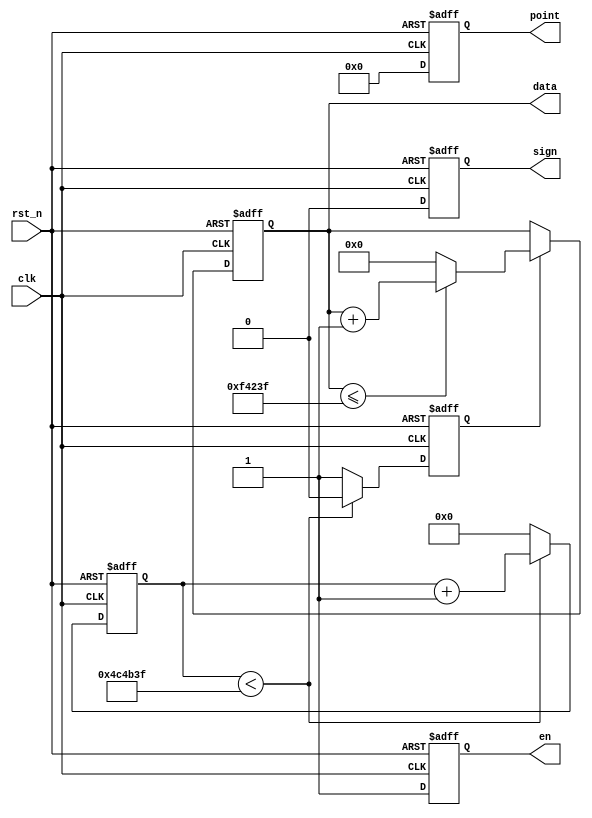
//
module count(    

    input  clk,
    input  rst_n,

    output reg[19 : 0]  data,   // 6
    output reg[ 5 : 0]  point, //  
    output reg          en   , // 
    output reg          sign  // 
    
);


parameter MAX_NUM = 23'd5_000_000; // 10ms
reg [22 : 0]cnt;
reg         flag;

always @(posedge clk or negedge rst_n) begin
    if(!rst_n)begin
    cnt <= 22'd0;
    flag <= 1'b0;
    end
    else begin
        if(cnt < MAX_NUM - 1)begin
        cnt  <= cnt + 1;
        flag <= 1'b0;
        end
        else begin
        cnt <= 23'd0;
        flag <= 1'b1;
        end
    end

    
end

//
always @(posedge clk or negedge rst_n) begin
    if(!rst_n)begin
       data <= 20'd0;
       point <= 6'b000_000;
       en    <= 1'b0;
       sign  <= 1'b0;
    end
    else begin
        point <= 6'b000_000;  // 
        sign <=  1'd0;        // 
        en   <=  1'd1;       //  
        if(flag )begin
            if(data <= 20'd999_999)
              data <= data + 1;
            else
              data <= 20'd0;
            
        end

    end
    
end

endmodule // count